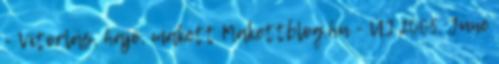
- Vitorlás, hajó, makett Makettblog.hu - ÚJ 2005. June